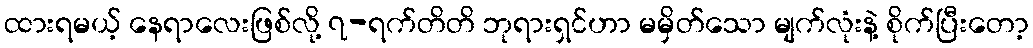
ထားရမယ့် နေရာလေးဖြစ်လို့ ၇-ရက်တိတိ ဘုရားရှင်ဟာ မမှိတ်သော မျက်လုံးနဲ့ စိုက်ပြီးတော့